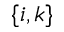
\{ i , k \}